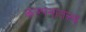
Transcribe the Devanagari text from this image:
कल्पनातत्त्व